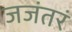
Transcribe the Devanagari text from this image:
जजंतरं